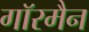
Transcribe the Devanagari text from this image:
गाॅरमैन